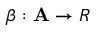
\beta : \mathbf { A } \rightarrow R